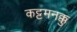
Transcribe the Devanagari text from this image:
कट्टमनक्कु